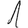
Digit: 1